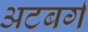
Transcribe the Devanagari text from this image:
अटबर्ग